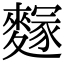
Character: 䴿